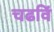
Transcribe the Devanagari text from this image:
चढविं